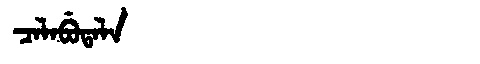
Manchu: ᠴᠠᠯᠠᠪᡠᡨᠠᠯᠠ
Romanization: CALABUTALA